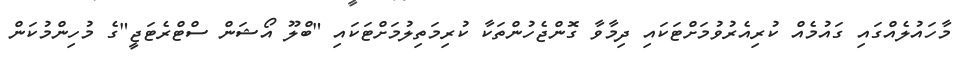
މާހައުލެއްގައި ގައުމެއް ކުރިއެރުވުމަށްޓަކައި ދިމާވާ ގޮންޖެހުންތަކާ ކުރިމަތިލުމަށްޓަކައި "ބްލޫ އޯޝަން ސްޓްރެޓަޖީ"ގެ މުހިންމުކަން